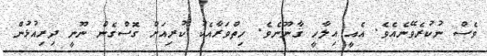
ވެސް ނުކުރެވޭނެއެވެ. އެއީ އިލާހީ ޤާނޫނެވެ. ހިތްވަރާއެކު ކުރިއަށް ގޮސްގެން ނޫނީ ދިރިއުޅުން